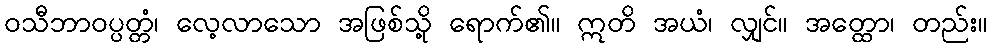
ဝသီဘာဝပ္ပတ္တံ၊ လေ့လာသော အဖြစ်သို့ ရောက်၏။ ဣတိ အယံ၊ လျှင်။ အတ္ထော၊ တည်း။